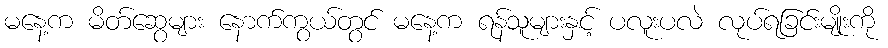
မနေ့က မိတ်ဆွေများ နောက်ကွယ်တွင် မနေ့က ရန်သူများနှင့် ပလူးပလဲ လုပ်ရခြင်းမျိုးကို